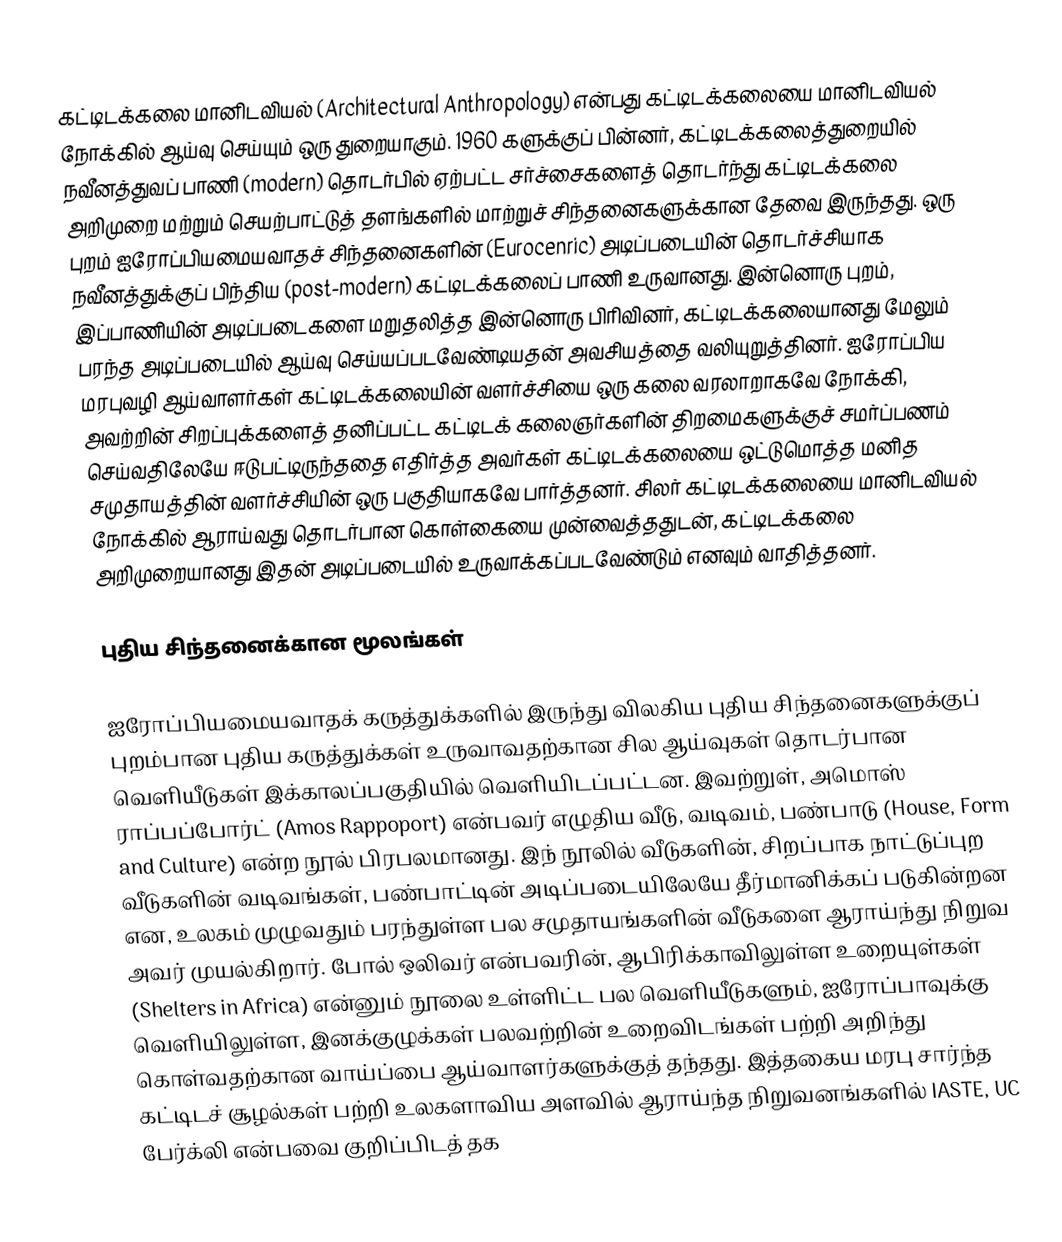
கட்டிடக்கலை மானிடவியல் (Architectural Anthropology) என்பது கட்டிடக்கலையை மானிடவியல் நோக்கில் ஆய்வு செய்யும் ஒரு துறையாகும். 1960 களுக்குப் பின்னர், கட்டிடக்கலைத்துறையில் நவீனத்துவப் பாணி (modern) தொடர்பில் ஏற்பட்ட சர்ச்சைகளைத் தொடர்ந்து கட்டிடக்கலை அறிமுறை மற்றும் செயற்பாட்டுத் தளங்களில் மாற்றுச் சிந்தனைகளுக்கான தேவை இருந்தது. ஒரு புறம் ஐரோப்பியமையவாதச் சிந்தனைகளின் (Eurocenric) அடிப்படையின் தொடர்ச்சியாக நவீனத்துக்குப் பிந்திய (post-modern) கட்டிடக்கலைப் பாணி உருவானது. இன்னொரு புறம், இப்பாணியின் அடிப்படைகளை மறுதலித்த இன்னொரு பிரிவினர், கட்டிடக்கலையானது மேலும் பரந்த அடிப்படையில் ஆய்வு செய்யப்படவேண்டியதன் அவசியத்தை வலியுறுத்தினர். ஐரோப்பிய மரபுவழி ஆய்வாளர்கள் கட்டிடக்கலையின் வளர்ச்சியை ஒரு கலை வரலாறாகவே நோக்கி, அவற்றின் சிறப்புக்களைத் தனிப்பட்ட கட்டிடக் கலைஞர்களின் திறமைகளுக்குச் சமர்ப்பணம் செய்வதிலேயே ஈடுபட்டிருந்ததை எதிர்த்த அவர்கள் கட்டிடக்கலையை ஒட்டுமொத்த மனித சமுதாயத்தின் வளர்ச்சியின் ஒரு பகுதியாகவே பார்த்தனர். சிலர் கட்டிடக்கலையை மானிடவியல் நோக்கில் ஆராய்வது தொடர்பான கொள்கையை முன்வைத்ததுடன், கட்டிடக்கலை அறிமுறையானது இதன் அடிப்படையில் உருவாக்கப்படவேண்டும் எனவும் வாதித்தனர்.

புதிய சிந்தனைக்கான மூலங்கள்

ஐரோப்பியமையவாதக் கருத்துக்களில் இருந்து விலகிய புதிய சிந்தனைகளுக்குப் புறம்பான புதிய கருத்துக்கள் உருவாவதற்கான சில ஆய்வுகள் தொடர்பான வெளியீடுகள் இக்காலப்பகுதியில் வெளியிடப்பட்டன. இவற்றுள், அமொஸ் ராப்பப்போர்ட் (Amos Rappoport) என்பவர் எழுதிய வீடு, வடிவம், பண்பாடு (House, Form and Culture) என்ற நூல் பிரபலமானது. இந் நூலில் வீடுகளின், சிறப்பாக நாட்டுப்புற வீடுகளின் வடிவங்கள், பண்பாட்டின் அடிப்படையிலேயே தீர்மானிக்கப் படுகின்றன என, உலகம் முழுவதும் பரந்துள்ள பல சமுதாயங்களின் வீடுகளை ஆராய்ந்து நிறுவ அவர் முயல்கிறார். போல் ஒலிவர் என்பவரின், ஆபிரிக்காவிலுள்ள உறையுள்கள் (Shelters in Africa) என்னும் நூலை உள்ளிட்ட பல வெளியீடுகளும், ஐரோப்பாவுக்கு வெளியிலுள்ள, இனக்குழுக்கள் பலவற்றின் உறைவிடங்கள் பற்றி அறிந்து கொள்வதற்கான வாய்ப்பை ஆய்வாளர்களுக்குத் தந்தது. இத்தகைய மரபு சார்ந்த கட்டிடச் சூழல்கள் பற்றி உலகளாவிய அளவில் ஆராய்ந்த நிறுவனங்களில் IASTE, UC பேர்க்லி என்பவை குறிப்பிடத் தக